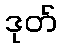
ဒုတ်